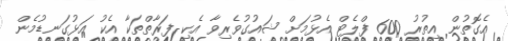
އެގޮތުން އިތުރު 600 ފްލެޓް އެޅުމަށް ޝައުގުވެރިވާ އެކި ފަރާތްތަކާ އެކު އަޅުގަނޑުމެން